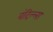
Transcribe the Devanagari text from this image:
बंदिल्ला